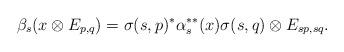
LaTeX: \begin{align*}\beta_s(x\otimes E_{p,q})=\sigma(s,p)^*\alpha_s^{**}(x)\sigma(s,q)\otimes E_{sp,sq}.\end{align*}